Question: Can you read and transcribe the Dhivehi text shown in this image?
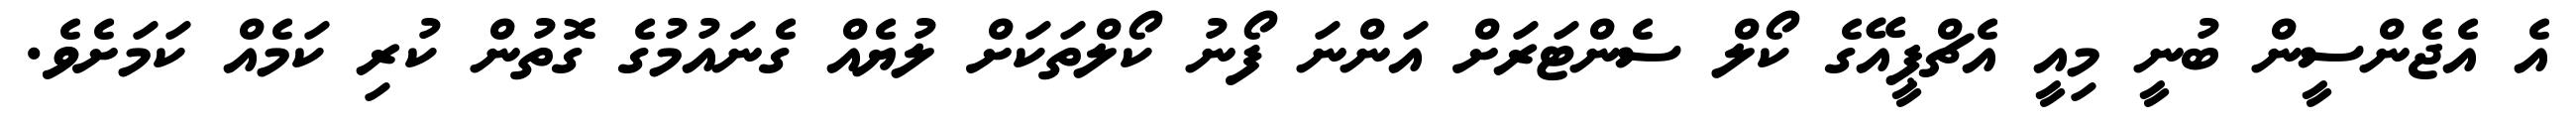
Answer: އެ އެޖެންސީން ބުނީ މިއީ އެޗްޕީއޭގެ ކޯލް ސެންޓަރަށް އަންނަ ފޯނު ކޯލްތަކަށް ލުޔެއް ގެނައުމުގެ ގޮތުން ކުރި ކަމެއް ކަމަށެވެ.